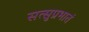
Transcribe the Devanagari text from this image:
सत्सुप्रभातं